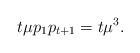
LaTeX: \begin{align*}t\mu p_1p_{t+1}=t\mu^3.\end{align*}